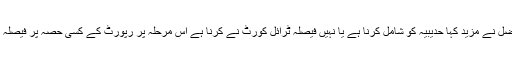
جسٹس اعجاز افضل نے مزید کہا حدیبیہ کو شامل کرنا ہے یا نہیں فیصلہ ٹرائل کورٹ نے کرنا ہے اس مرحلہ پر رپورٹ کے کسی حصہ پر فیصلہ نہیں دے سکتے۔